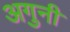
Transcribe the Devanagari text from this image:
अगुनी